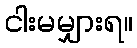
ငါးမမျှားရ။